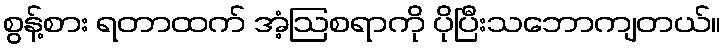
စွန့်စား ရတာထက် အံ့ဩစရာကို ပိုပြီးသဘောကျတယ်။